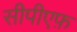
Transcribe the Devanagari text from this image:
सीपीएफ़